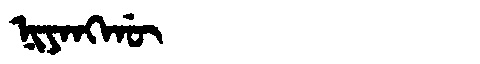
Manchu: ᠨᡳᠶᠠᠩᡤᡡ
Romanization: NIYANGGŪ